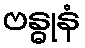
ဗန္ဓုနံ